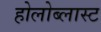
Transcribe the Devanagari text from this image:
होलोब्लास्ट